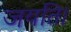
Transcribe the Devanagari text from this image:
जयति।